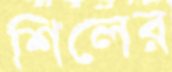
শিলের